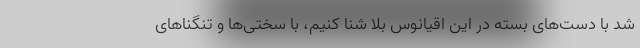
شد با دست‌های بسته در این اقیانوس بلا شنا کنیم، با سختی‌ها و تنگناهای